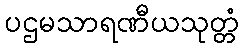
ပဌမသာရဏီယသုတ္တံ